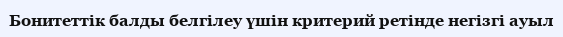
Бонитеттік балды белгілеу үшін критерий ретінде негізгі ауыл